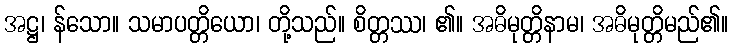
အဋ္ဌ၊ န်သော။ သမာပတ္တိယော၊ တို့သည်။ စိတ္တဿ၊ ၏။ အဓိမုတ္တိနာမ၊ အဓိမုတ္တိမည်၏။